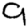
Digit: 9